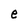
Character: e